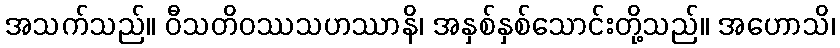
အသက်သည်။ ဝီသတိဝဿသဟဿာနိ၊ အနှစ်နှစ်သောင်းတို့သည်။ အဟောသိ၊